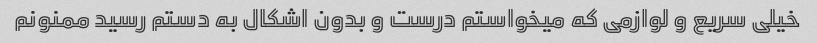
خیلی سریع و لوازمی که میخواستم درست و بدون اشکال به دستم رسید ممنونم